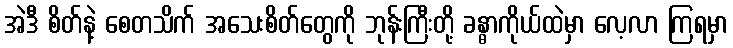
အဲဒီ စိတ်နဲ့ စေတသိက် အသေးစိတ်တွေကို ဘုန်းကြီးတို့ ခန္ဓာကိုယ်ထဲမှာ လေ့လာ ကြရမှာ